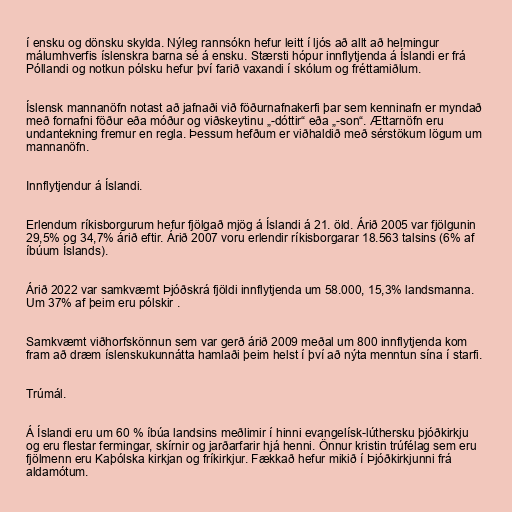
í ensku og dönsku skylda. Nýleg rannsókn hefur leitt í ljós að allt að helmingur
málumhverfis íslenskra barna sé á ensku. Stærsti hópur innflytjenda á Íslandi er frá
Póllandi og notkun pólsku hefur því farið vaxandi í skólum og fréttamiðlum.

Íslensk mannanöfn notast að jafnaði við föðurnafnakerfi þar sem kenninafn er myndað
með fornafni föður eða móður og viðskeytinu „-dóttir“ eða „-son“. Ættarnöfn eru
undantekning fremur en regla. Þessum hefðum er viðhaldið með sérstökum lögum um
mannanöfn.

Innflytjendur á Íslandi.

Erlendum ríkisborgurum hefur fjölgað mjög á Íslandi á 21. öld. Árið 2005 var fjölgunin
29,5% og 34,7% árið eftir. Árið 2007 voru erlendir ríkisborgarar 18.563 talsins (6% af
íbúum Íslands).

Árið 2022 var samkvæmt Þjóðskrá fjöldi innflytjenda um 58.000, 15,3% landsmanna.
Um 37% af þeim eru pólskir .

Samkvæmt viðhorfskönnun sem var gerð árið 2009 meðal um 800 innflytjenda kom
fram að dræm íslenskukunnátta hamlaði þeim helst í því að nýta menntun sína í starfi.

Trúmál.

Á Íslandi eru um 60 % íbúa landsins meðlimir í hinni evangelísk-lúthersku þjóðkirkju
og eru flestar fermingar, skírnir og jarðarfarir hjá henni. Önnur kristin trúfélag sem eru
fjölmenn eru Kaþólska kirkjan og fríkirkjur. Fækkað hefur mikið í Þjóðkirkjunni frá
aldamótum.